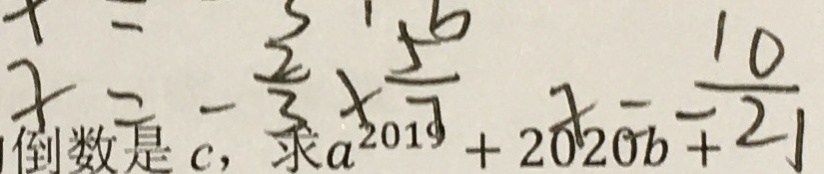
x = - \frac { 2 } { 3 } \times \frac { 5 } { 7 } x = \frac { 1 0 } { - 2 1 }